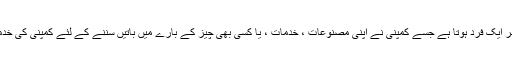
چیف سننے والا افسر ایک فرد ہوتا ہے جسے کمپنی نے اپنی مصنوعات ، خدمات ، یا کسی بھی چیز کے بارے میں باتیں سننے کے لئے کمپنی کی خدمات حاصل کی ہیں۔